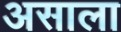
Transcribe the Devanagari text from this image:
असाला